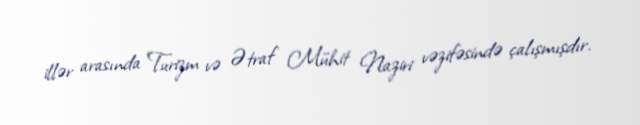
illər arasında Turizm və Ətraf Mühit Naziri vəzifəsində çalışmışdır.